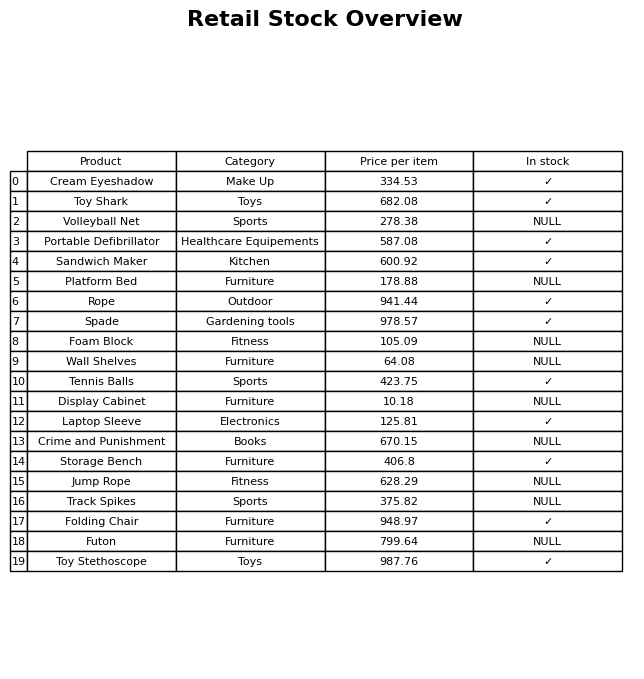
question: What category does the Rope belong to?
answer: Outdoor